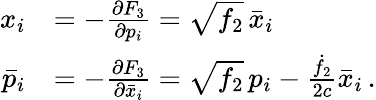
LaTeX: \begin{array}{rl}{x_{i}}&{=-\frac{\partial F_{3}}{\partial p_{i}}=\sqrt{f_{2}}\, \bar{x}_{i}}\\ {\bar{p}_{i}}&{=-\frac{\partial F_{3}}{\partial\bar{x}_{i}}=\sqrt{f_{2}}\, p_{i}-\frac{\dot{f}_{2}}{2c}\bar{x}_{i}\, .}\end{array}